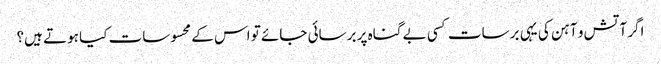
‏اگر آتش و آہن کی یہی برسات کسی بے گناہ پر برسائی جائے تو اس کے محسوسات کیا ہوتے ہیں؟